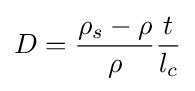
D={\frac {\rho _{s}-\rho }{\rho }}{\frac {t}{l_{c}}}